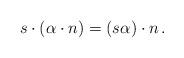
LaTeX: \begin{align*}s\cdot (\alpha\cdot n) = (s\alpha)\cdot n\,.\end{align*}